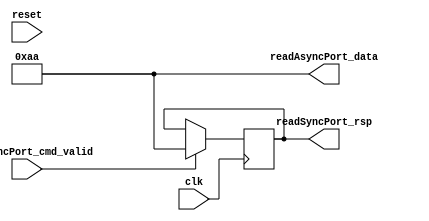
// Generator : SpinalHDL v1.4.3    git head : adf552d8f500e7419fff395b7049228e4bc5de26
// Component : unnamed
// Git hash  : adf552d8f500e7419fff395b7049228e4bc5de26



module unnamed (
  input               readSyncPort_cmd_valid,
  output     [7:0]    readSyncPort_rsp,
  output     [7:0]    readAsyncPort_data,
  input               clk,
  input               reset
);
  reg        [7:0]    _zz_1;

  assign readSyncPort_rsp = _zz_1;
  assign readAsyncPort_data = 8'haa;
  always @ (posedge clk) begin
    if(readSyncPort_cmd_valid)begin
      _zz_1 <= 8'haa;
    end
  end


endmodule